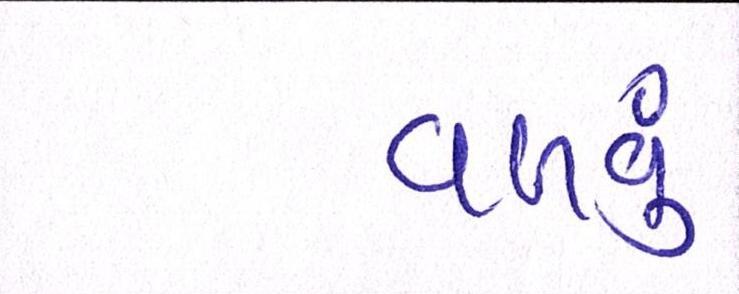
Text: વળવું